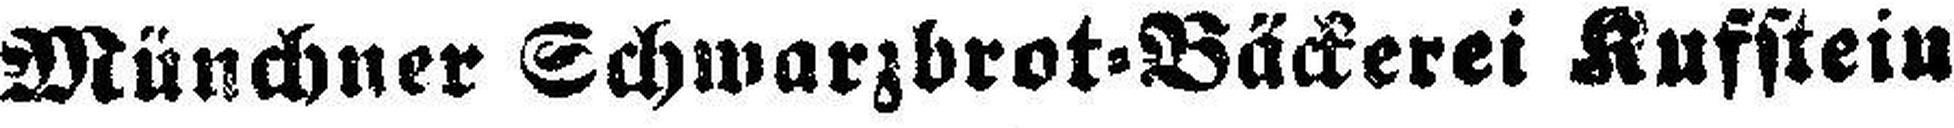
Münchner Schwarzbrot=Bäckerei Kufstein